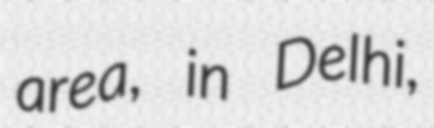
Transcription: area, in Delhi,